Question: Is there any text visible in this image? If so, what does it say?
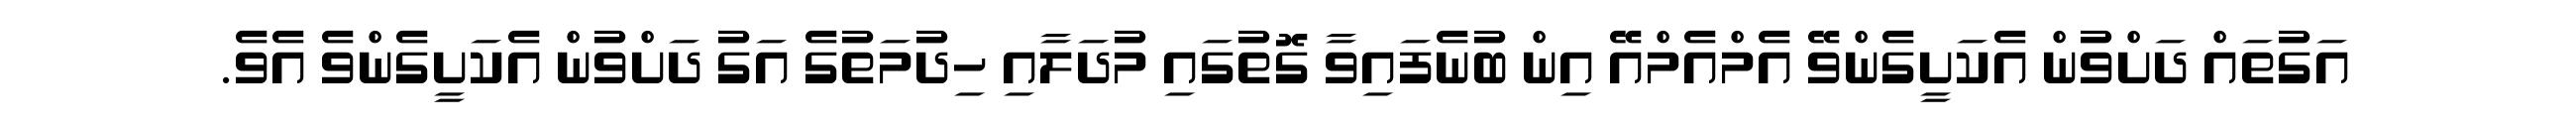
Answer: އަގުތައް ދަށްވުން އެކަށީގެންވޭ އެމްއެމްއޭ އިން ބުނެފައިވާ ގޮތުގައި މުދަލާއި ހިދުމަތުގެ އަގު ދަށްވުން އެކަށީގެންވެ އެވެ.